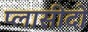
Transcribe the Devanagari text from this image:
प्लासीदो